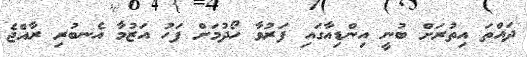
ދައްތަ އިތުރަށް ބުނީ އިންޑިއާގައި ފަރުވާ ހޯދުމަށް ފަހު އަޒުމާ އެނބުރި ރާއްޖެ